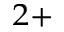
^ { 2 + }